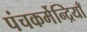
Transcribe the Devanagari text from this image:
पंचकर्मेन्द्रियाँ